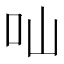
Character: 𠮿